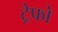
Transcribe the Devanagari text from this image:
ट्रेफो